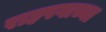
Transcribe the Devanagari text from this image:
राहपगाच्या